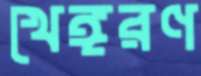
খেঙ্গরণ